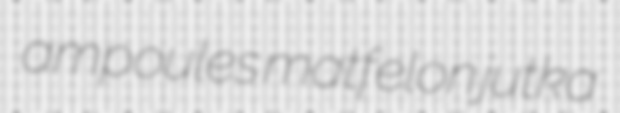
ampoules matfelon jutka